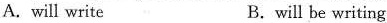
A. will write B.will be writing